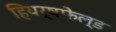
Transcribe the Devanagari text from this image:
हियर्षफ़ेल्ड